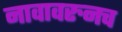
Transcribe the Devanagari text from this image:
नावावरुनच